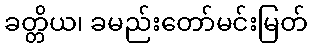
ခတ္တိယ၊ ခမည်းတော်မင်းမြတ်